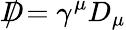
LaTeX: D\! \! \! \! /=\gamma^{\mu}D_{\mu}